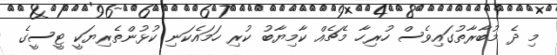
މި ދެ މުބާރާތުގައިވެސް ހުރިހާ މެޗެއް ކާމިޔާބު ކުރި ހަމައެކަނި ކުޅުންތެރިޔަކީ ޓީސީގެ